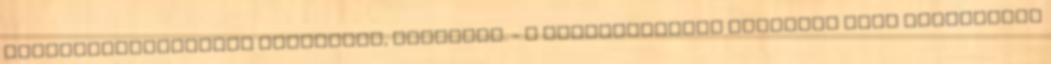
természetességének megőrzése, növelése. - a gyepterületet tartósan vagy alkalmilag